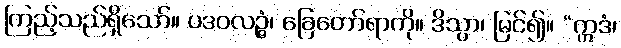
ကြည့်သည်ရှိသော်။ ပဒဝလဉ္ဇံ၊ ခြေတော်ရာကို။ ဒိသွာ၊ မြင်၍။ “ဣဒံ၊